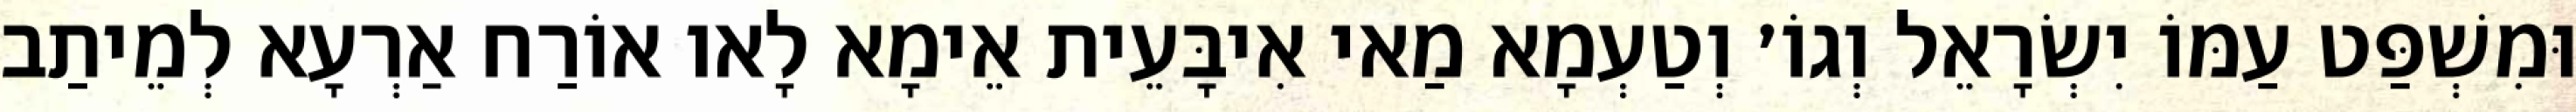
וּמִשְׁפַּט עַמּוֹ יִשְׂרָאֵל וְגוֹ׳ וְטַעְמָא מַאי אִיבָּעֵית אֵימָא לָאו אוֹרַח אַרְעָא לְמֵיתַב